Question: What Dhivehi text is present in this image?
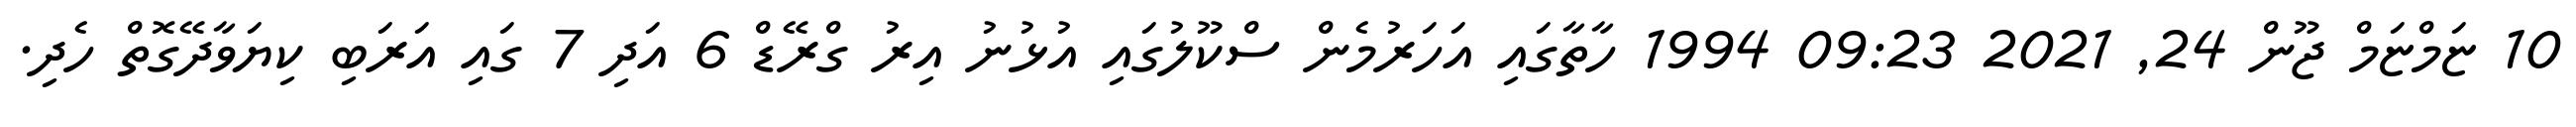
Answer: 10 ޏަމްޏަމް ޖޫން 24, 2021 09:23 1994 ހާތާގައި އަހަރުމެން ސްކޫލުގައި އުޅުނު އިރު ގްރޭޑް 6 އަދި 7 ގައި އަރަބި ކިޔަވާދޭގޮތް ހެދި.